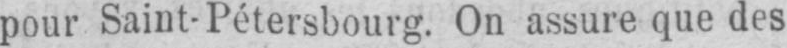
pour Saint-Pétersbourg. On assure que des